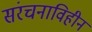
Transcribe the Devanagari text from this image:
संरचनाविहीन